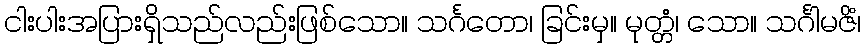
ငါးပါးအပြားရှိသည်လည်းဖြစ်သော။ သင်္ဂတော၊ ခြင်းမှ။ မုတ္တံ၊ သော။ သင်္ဂါမဇိံ၊